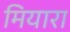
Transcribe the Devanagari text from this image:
मियारा